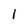
Character: 1